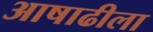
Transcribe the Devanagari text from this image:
आषाढीला